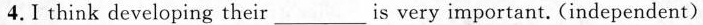
4.I think developing their\underlineis very important. (independent)